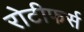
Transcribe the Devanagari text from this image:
रोटीफर्स